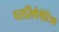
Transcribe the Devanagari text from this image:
परासिंपैथेटिक